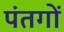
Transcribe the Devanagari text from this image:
पंतगों